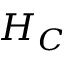
H _ { C }